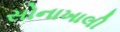
સોનાખાલી